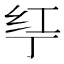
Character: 𱺗